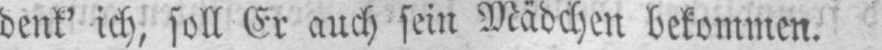
denk’ ich, soll Er auch sein Mädchen bekommen.